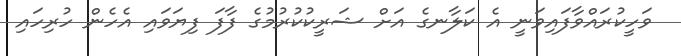
ވަހީކުރައްވާފައިވަނީ އެ ކަލާނގެ އަށް ޝަރީކުކުރުމުގެ ފާފަ ފިޔަވައި އެހެން ހުރިހައި